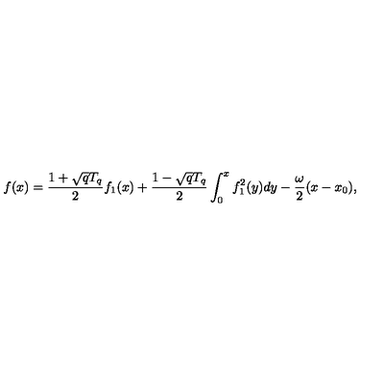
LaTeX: f ( x ) = { \frac { 1 + \sqrt { q } T _ { q } } { 2 } } f _ { 1 } ( x ) + { \frac { 1 - \sqrt { q } T _ { q } } { 2 } } \int _ { 0 } ^ { x } f _ { 1 } ^ { 2 } ( y ) d y - { \frac { \omega } { 2 } } ( x - x _ { 0 } ) ,